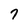
Character: 7